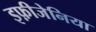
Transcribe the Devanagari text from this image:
इफ़ीजेनिया